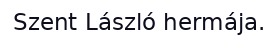
Szent László hermája.